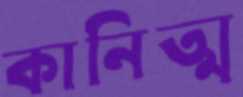
কানিত্ম